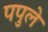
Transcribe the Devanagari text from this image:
पपुले